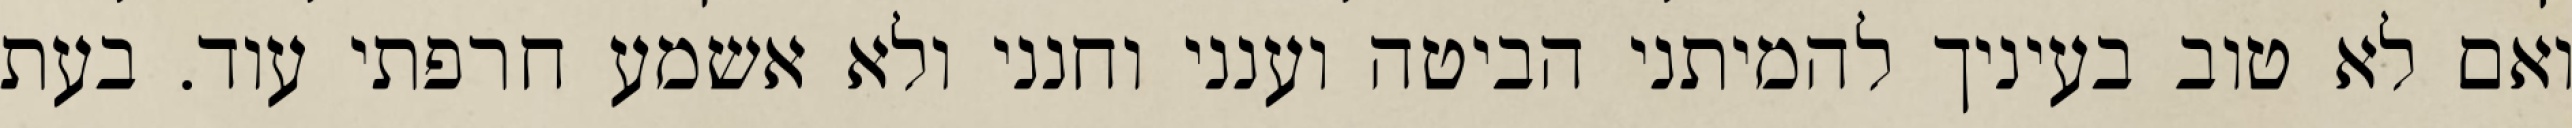
ואם לא טוב בעיניך להמיתני הביטה וענני וחנני ולא אשמע חרפתי עוד. בעת